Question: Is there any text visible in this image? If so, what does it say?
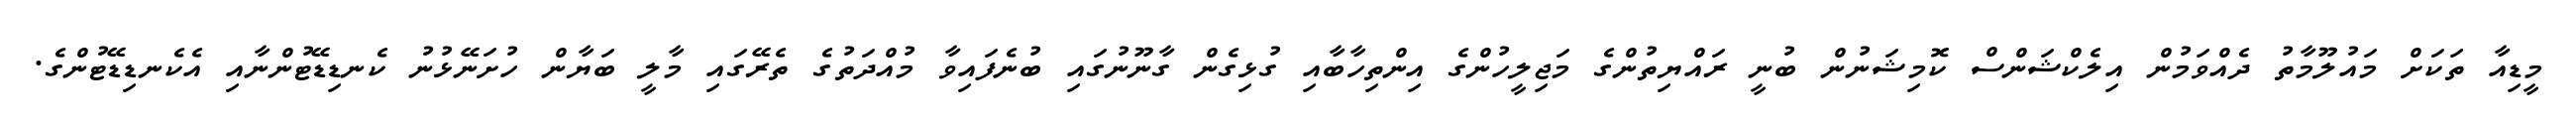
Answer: މީޑިއާ ތަކަށް މައުލޫމާތު ދެއްވަމުން އިލެކްޝަންސް ކޮމިޝަނުން ބުނީ ރައްޔިތުންގެ މަޖިލީހުންގެ އިންތިހާބާއި ގުޅިގެން ގާނޫނުގައި ބުނެފައިވާ މުއްދަތުގެ ތެރޭގައި މާލީ ބަޔާން ހުށަނޭޅުނު ކެނޑިޑޭޓުންނާއި އެކެނޑިޑޭޓުންގެ.